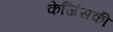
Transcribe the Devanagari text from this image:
केजिंसकी